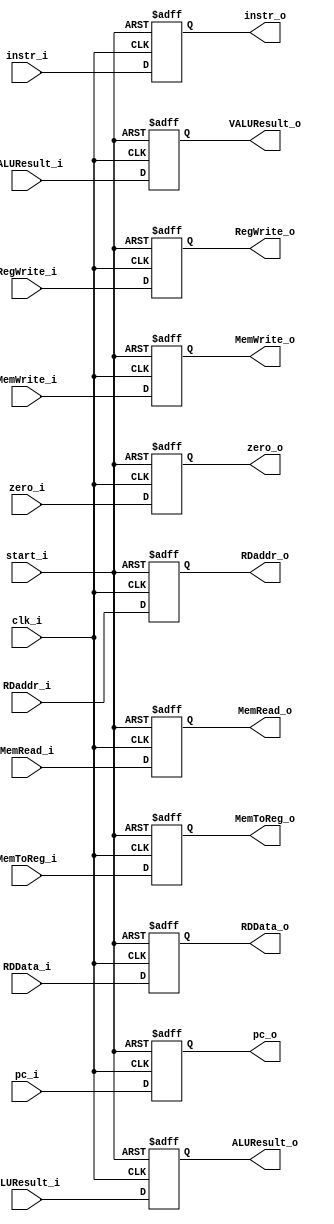
`timescale 1ns / 1ps
//////////////////////////////////////////////////////////////////////////////////
// Company: 
// Engineer: 
// 
// Design Name: 
// Module Name: EX_Mem
// Project Name: 
// Target Devices: 
// Tool Versions: 
// Description: 
// 
// Dependencies: 
// 
// Revision:
// Revision 0.01 - File Created
// Additional Comments:
// 
//////////////////////////////////////////////////////////////////////////////////


module EX_Mem(
	clk_i,
	start_i,
	pc_i,
	zero_i,
	ALUResult_i,
    VALUResult_i, //NEW
	RDData_i,
	RDaddr_i,
	RegWrite_i,
	MemToReg_i,
	MemRead_i,
	MemWrite_i,
	instr_i,
	instr_o,
	pc_o,
	zero_o,
	ALUResult_o,
    VALUResult_o, //NEW
	RDData_o,
	RDaddr_o,
	RegWrite_o,
	MemToReg_o,
	MemRead_o,
	MemWrite_o
);

input	clk_i, zero_i, RegWrite_i, MemToReg_i, MemRead_i, MemWrite_i, start_i;
input	[31:0]	pc_i, ALUResult_i, RDData_i, VALUResult_i; //NEW
input	[4:0] RDaddr_i;
input 	[31:0] instr_i;
output reg [31:0] instr_o;
output	zero_o, RegWrite_o, MemToReg_o, MemRead_o, MemWrite_o;
output	[31:0]	pc_o, ALUResult_o, RDData_o, VALUResult_o; //NEW
output reg[4:0] RDaddr_o;
reg	 zero_o, RegWrite_o, MemToReg_o, MemRead_o, MemWrite_o;
reg	[31:0]	pc_o, ALUResult_o, RDData_o, VALUResult_o;//NEW

always@(posedge clk_i or negedge start_i) begin
	if(~start_i) begin
		pc_o <= 0;
		zero_o <= 0;
		ALUResult_o <= 0;
        VALUResult_o <= 0; //NEW
		RDData_o <= 0;
		RDaddr_o <= 0;
		RegWrite_o <= 0;
		MemToReg_o <= 0;
		MemRead_o <= 0;
		MemWrite_o <= 0;
		instr_o	<= 0;
	end
	else begin
		pc_o <= pc_i;
		zero_o <= zero_i;
		ALUResult_o <= ALUResult_i;
        VALUResult_o <= VALUResult_i; //NEW
		RDData_o <= RDData_i;
		RDaddr_o <= RDaddr_i;
		RegWrite_o <= RegWrite_i;
		MemToReg_o <= MemToReg_i;
		MemRead_o <= MemRead_i;
		MemWrite_o <= MemWrite_i;
		instr_o    <= instr_i;
	end
end

endmodule